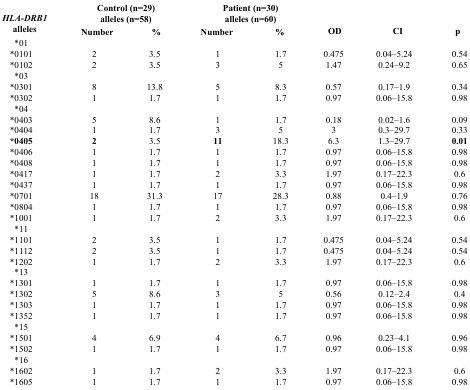
<table><thead><tr><td rowspan="2"><b><i>HLA-DRB1</i> alleles</b></td><td colspan="2"><b>Control (n=29) alleles (n=58)</b></td><td colspan="2"><b>Patient (n=30) alleles (n=60)</b></td><td rowspan="2"><b>OD</b></td><td rowspan="2"><b>CI</b></td><td rowspan="2"><b>p</b></td></tr><tr><td><b>Number</b></td><td><b>%</b></td><td><b>Number</b></td><td><b>%</b></td></tr></thead><tbody><tr><td>*01</td><td></td><td></td><td></td><td></td><td></td><td></td><td></td></tr><tr><td>*0101</td><td>2</td><td>3.5</td><td>1</td><td>1.7</td><td>0.475</td><td>0.04–5.24</td><td>0.54</td></tr><tr><td>*0102</td><td>2</td><td>3.5</td><td>3</td><td>5</td><td>1.47</td><td>0.24–9.2</td><td>0.65</td></tr><tr><td>*03</td><td></td><td></td><td></td><td></td><td></td><td></td><td></td></tr><tr><td>*0301</td><td>8</td><td>13.8</td><td>5</td><td>8.3</td><td>0.57</td><td>0.17–1.9</td><td>0.34</td></tr><tr><td>*0302</td><td>1</td><td>1.7</td><td>1</td><td>1.7</td><td>0.97</td><td>0.06–15.8</td><td>0.98</td></tr><tr><td>*04</td><td></td><td></td><td></td><td></td><td></td><td></td><td></td></tr><tr><td>*0403</td><td>5</td><td>8.6</td><td>1</td><td>1.7</td><td>0.18</td><td>0.02–1.6</td><td>0.09</td></tr><tr><td>*0404</td><td>1</td><td>1.7</td><td>3</td><td>5</td><td>3</td><td>0.3–29.7</td><td>0.33</td></tr><tr><td><b>*0405</b></td><td><b>2</b></td><td>3.5</td><td><b>11</b></td><td>18.3</td><td>6.3</td><td>1.3–29.7</td><td><b>0.01</b></td></tr><tr><td>*0406</td><td>1</td><td>1.7</td><td>1</td><td>1.7</td><td>0.97</td><td>0.06–15.8</td><td>0.98</td></tr><tr><td>*0408</td><td>1</td><td>1.7</td><td>1</td><td>1.7</td><td>0.97</td><td>0.06–15.8</td><td>0.98</td></tr><tr><td>*0417</td><td>1</td><td>1.7</td><td>2</td><td>3.3</td><td>1.97</td><td>0.17–22.3</td><td>0.6</td></tr><tr><td>*0437</td><td>1</td><td>1.7</td><td>1</td><td>1.7</td><td>0.97</td><td>0.06–15.8</td><td>0.98</td></tr><tr><td>*0701</td><td>18</td><td>31.3</td><td>17</td><td>28.3</td><td>0.88</td><td>0.4–1.9</td><td>0.76</td></tr><tr><td>*0804</td><td>1</td><td>1.7</td><td>1</td><td>1.7</td><td>0.97</td><td>0.06–15.8</td><td>0.98</td></tr><tr><td>*1001</td><td>1</td><td>1.7</td><td>2</td><td>3.3</td><td>1.97</td><td>0.17–22.3</td><td>0.6</td></tr><tr><td>*11</td><td></td><td></td><td></td><td></td><td></td><td></td><td></td></tr><tr><td>*1101</td><td>2</td><td>3.5</td><td>1</td><td>1.7</td><td>0.475</td><td>0.04–5.24</td><td>0.54</td></tr><tr><td>*1112</td><td>2</td><td>3.5</td><td>1</td><td>1.7</td><td>0.475</td><td>0.04–5.24</td><td>0.54</td></tr><tr><td>*1202</td><td>1</td><td>1.7</td><td>2</td><td>3.3</td><td>1.97</td><td>0.17–22.3</td><td>0.6</td></tr><tr><td>*13</td><td></td><td></td><td></td><td></td><td></td><td></td><td></td></tr><tr><td>*1301</td><td>1</td><td>1.7</td><td>1</td><td>1.7</td><td>0.97</td><td>0.06–15.8</td><td>0.98</td></tr><tr><td>*1302</td><td>5</td><td>8.6</td><td>3</td><td>5</td><td>0.56</td><td>0.12–2.4</td><td>0.4</td></tr><tr><td>*1303</td><td>1</td><td>1.7</td><td>1</td><td>1.7</td><td>0.97</td><td>0.06–15.8</td><td>0.98</td></tr><tr><td>*1352</td><td>1</td><td>1.7</td><td>1</td><td>1.7</td><td>0.97</td><td>0.06–15.8</td><td>0.98</td></tr><tr><td>*15</td><td></td><td></td><td></td><td></td><td></td><td></td><td></td></tr><tr><td>*1501</td><td>4</td><td>6.9</td><td>4</td><td>6.7</td><td>0.96</td><td>0.23–4.1</td><td>0.96</td></tr><tr><td>*1502</td><td>1</td><td>1.7</td><td>1</td><td>1.7</td><td>0.97</td><td>0.06–15.8</td><td>0.98</td></tr><tr><td>*16</td><td></td><td></td><td></td><td></td><td></td><td></td><td></td></tr><tr><td>*1602</td><td>1</td><td>1.7</td><td>2</td><td>3.3</td><td>1.97</td><td>0.17–22.3</td><td>0.6</td></tr><tr><td>*1605</td><td>1</td><td>1.7</td><td>1</td><td>1.7</td><td>0.97</td><td>0.06–15.8</td><td>0.98</td></tr></tbody></table>